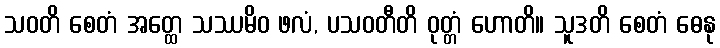
သဝတိ စေတံ အတ္ထေ သဿမိဝ ဖလံ, ပသဝတီတိ ဝုတ္တံ ဟောတိ။ သူဒတိ စေတံ ဓေနု